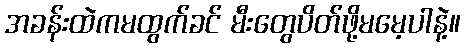
အခန်းထဲကမထွက်ခင် မီးတွေပိတ်ဖို့မမေ့ပါနဲ့။